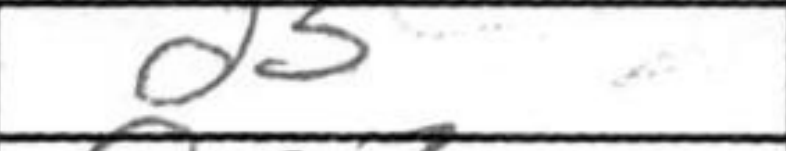
Transcription: d5